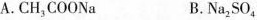
A.CH_{3}COONa B.Na_{2}SO_{4}